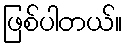
ဖြစ်ပါတယ်။